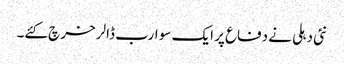
نئی دہلی نے دفاع پر ایک سو ارب ڈالر خرچ کئے۔